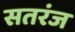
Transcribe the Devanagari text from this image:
सतरंज